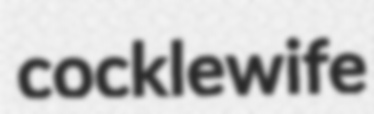
cocklewife